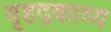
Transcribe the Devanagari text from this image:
वृहद्काव्य